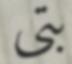
بتى